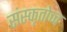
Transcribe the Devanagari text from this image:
संस्कृतोच्च